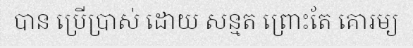
បាន ប្រើប្រាស់ ដោយ សន្មត ព្រោះតែ គោរម្យ